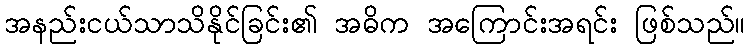
အနည်းငယ်သာသိနိုင်ခြင်း၏ အဓိက အကြောင်းအရင်း ဖြစ်သည်။